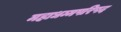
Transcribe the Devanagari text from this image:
महाधम्मपरिषद